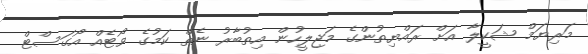
މަރިޔަމް ޝަކީލާ އަށް ރައްޔިތުންގެ މަޖިލީހުން އިތުބާރު ނެތް ކަމުގެ ވޯޓެއް އޯގަސްޓް